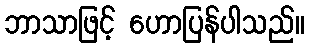
ဘာသာဖြင့် ဟောပြန်ပါသည်။